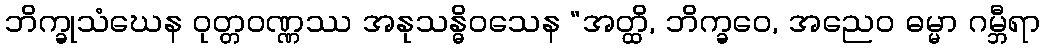
ဘိက္ခုသံဃေန ဝုတ္တဝဏ္ဏဿ အနုသန္ဓိဝသေန “အတ္ထိ, ဘိက္ခဝေ, အညေဝ ဓမ္မာ ဂမ္ဘီရာ